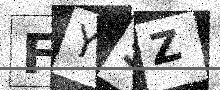
Text: FYSZ